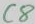
Text: C8